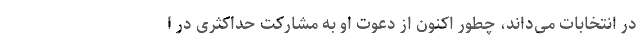
در انتخابات می‌داند، چطور اکنون از دعوت او به مشارکت حداکثری در ا